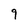
Character: 9